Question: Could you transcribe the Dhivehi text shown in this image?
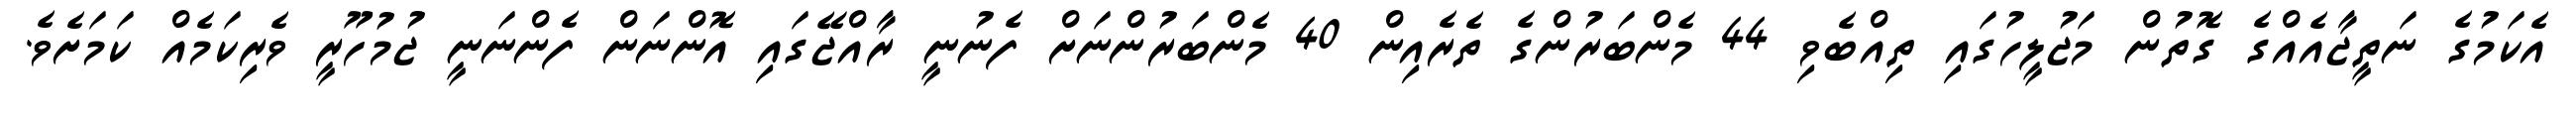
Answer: އެކަމުގެ ނަތީޖާއެއްގެ ގޮތުން މަޖުލީހުގައި ތިއްބެވި 44 މެންބަރުންގެ ތެރެއިން 40 މެންބަރުންނަށް ފެނުނީ ރާއްޖޭގައި އޮންނަން ފެންނަނީ ޖުމުހޫރީ ވެރިކަމެއް ކަމަށެވެ.